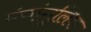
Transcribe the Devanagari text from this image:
पंचांगुलिक